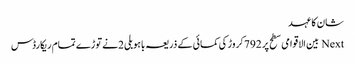
شان کا عہد
Next بین الاقوامی سطح پر 792کروڑ کی کمائی کے ذریعہ باہوبلی 2نے توڑے تمام ریکارڈس